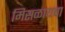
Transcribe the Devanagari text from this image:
मिसळायचा